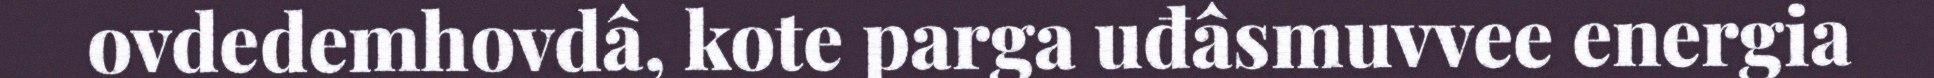
ovdedemhovdâ, kote parga uđâsmuvvee energia